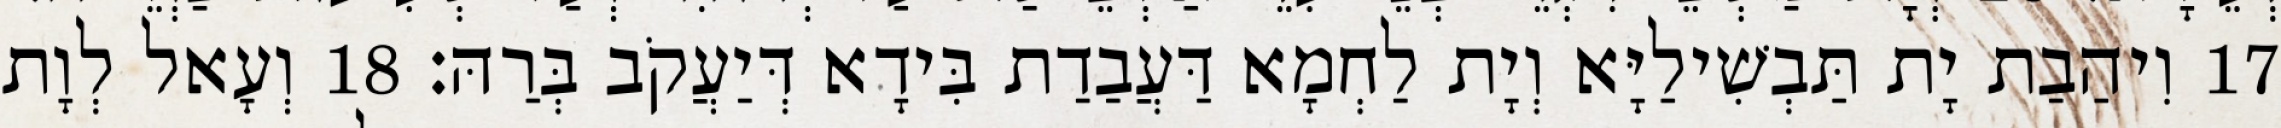
17 וִיהַבַת יָת תַּבְשִׁילַיָּא וְיָת לַחְמָא דַּעֲבַדַת בִּידָא דְּיַעֲקֹב בְּרַהּ׃ 18 וְעָאל לְוָת